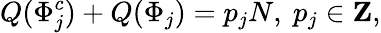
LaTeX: Q(\Phi_{j}^{c})+Q(\Phi_{j})=p_{j}N,\ p_{j}\in{\mathbf Z},